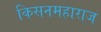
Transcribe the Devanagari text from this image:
किसनमहाराज